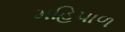
મહિપાળ